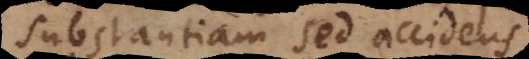
substantiam sed accidens